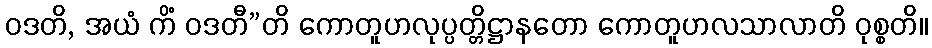
ဝဒတိ, အယံ ကိံ ဝဒတီ”တိ ကောတူဟလုပ္ပတ္တိဋ္ဌာနတော ကောတူဟလသာလာတိ ဝုစ္စတိ။